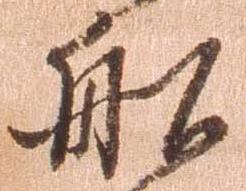
船